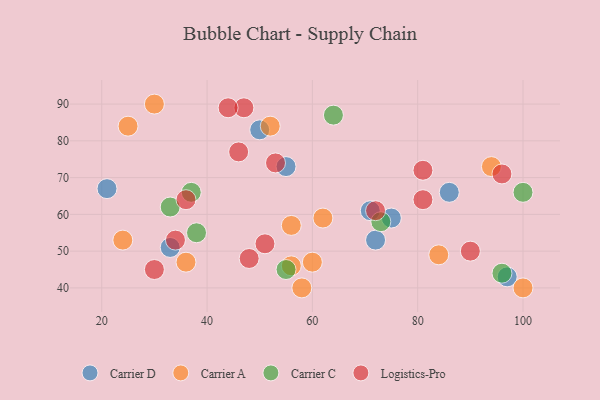
{"axis": {"x": "GDP", "y": "Life Expectancy"}, "legend": ["Carrier A", "Carrier C", "Carrier D", "Logistics-Pro"], "data": [{"x": "50", "y": 83, "type": "Carrier D"}, {"x": "21", "y": 67, "type": "Carrier D"}, {"x": "55", "y": 73, "type": "Carrier D"}, {"x": "71", "y": 61, "type": "Carrier D"}, {"x": "86", "y": 66, "type": "Carrier D"}, {"x": "97", "y": 43, "type": "Carrier D"}, {"x": "33", "y": 51, "type": "Carrier D"}, {"x": "72", "y": 53, "type": "Carrier D"}, {"x": "75", "y": 59, "type": "Carrier D"}, {"x": "52", "y": 84, "type": "Carrier A"}, {"x": "94", "y": 73, "type": "Carrier A"}, {"x": "62", "y": 59, "type": "Carrier A"}, {"x": "30", "y": 90, "type": "Carrier A"}, {"x": "36", "y": 47, "type": "Carrier A"}, {"x": "24", "y": 53, "type": "Carrier A"}, {"x": "56", "y": 57, "type": "Carrier A"}, {"x": "56", "y": 46, "type": "Carrier A"}, {"x": "84", "y": 49, "type": "Carrier A"}, {"x": "100", "y": 40, "type": "Carrier A"}, {"x": "58", "y": 40, "type": "Carrier A"}, {"x": "25", "y": 84, "type": "Carrier A"}, {"x": "60", "y": 47, "type": "Carrier A"}, {"x": "37", "y": 66, "type": "Carrier C"}, {"x": "33", "y": 62, "type": "Carrier C"}, {"x": "64", "y": 87, "type": "Carrier C"}, {"x": "96", "y": 44, "type": "Carrier C"}, {"x": "100", "y": 66, "type": "Carrier C"}, {"x": "55", "y": 45, "type": "Carrier C"}, {"x": "73", "y": 58, "type": "Carrier C"}, {"x": "38", "y": 55, "type": "Carrier C"}, {"x": "53", "y": 74, "type": "Logistics-Pro"}, {"x": "47", "y": 89, "type": "Logistics-Pro"}, {"x": "46", "y": 77, "type": "Logistics-Pro"}, {"x": "72", "y": 61, "type": "Logistics-Pro"}, {"x": "96", "y": 71, "type": "Logistics-Pro"}, {"x": "81", "y": 72, "type": "Logistics-Pro"}, {"x": "30", "y": 45, "type": "Logistics-Pro"}, {"x": "34", "y": 53, "type": "Logistics-Pro"}, {"x": "36", "y": 64, "type": "Logistics-Pro"}, {"x": "81", "y": 64, "type": "Logistics-Pro"}, {"x": "51", "y": 52, "type": "Logistics-Pro"}, {"x": "44", "y": 89, "type": "Logistics-Pro"}, {"x": "48", "y": 48, "type": "Logistics-Pro"}, {"x": "90", "y": 50, "type": "Logistics-Pro"}]}